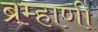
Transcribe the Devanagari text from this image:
ब्रम्हाणी